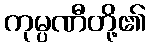
ကုမ္ပဏီတို့၏